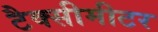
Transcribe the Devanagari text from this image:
टैक्सीमीटर